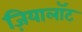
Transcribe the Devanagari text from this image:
ज़ियालॉट